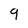
Character: 9